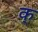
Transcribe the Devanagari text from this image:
क्‍